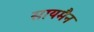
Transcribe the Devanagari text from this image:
सायमैन